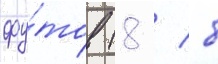
фу́тов (8 / 8